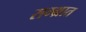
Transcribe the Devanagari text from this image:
सम्भ्रात